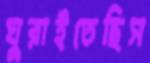
ঘুরাইতেছিস